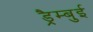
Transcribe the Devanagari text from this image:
ड्रैम्बुई